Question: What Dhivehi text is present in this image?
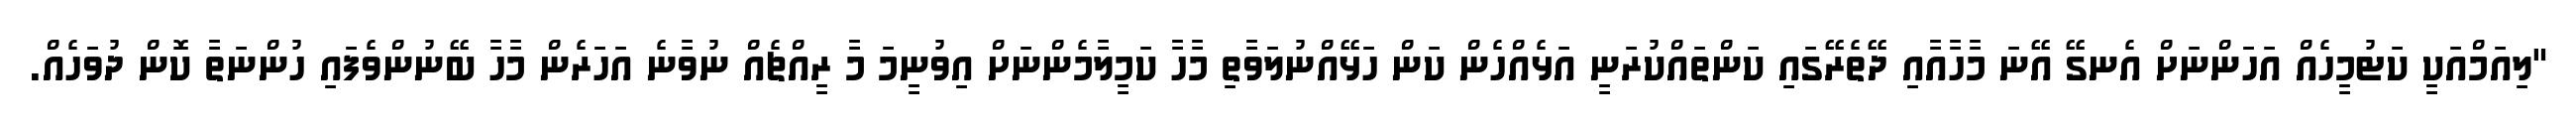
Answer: "ލިއަމްއަކީ ކަޓުމީހެއް އަހަންނަށް އެނގޭ އޭނަ މާހާއާއި ދޭތެރޭގައި ކަންތައްކުރަނީ އަޅެއްހެން ކަން ހަޅޭއްނުލަވާތި މާހާ ކަމީލާމެންނަށް އިވުނީމަ މާ ރީއްޗެއް ނުވާނެ އަހަރެން މާހާ ބޭނުންވެފައި ހުންނަތާ ކޮން ދުވަހެއް.